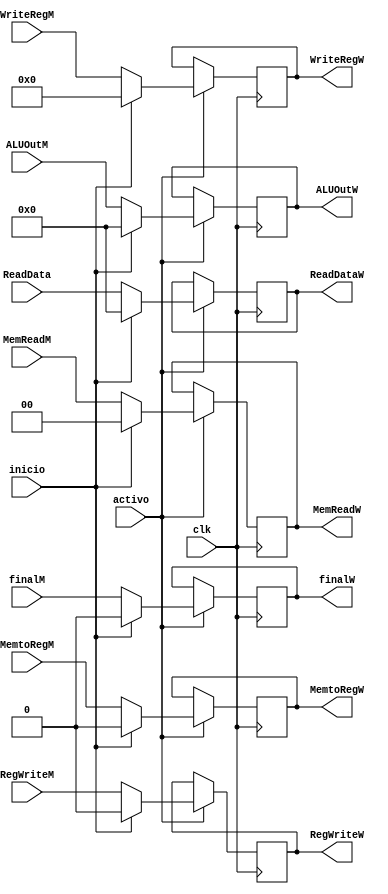
`timescale 1ns / 1ps
//////////////////////////////////////////////////////////////////////////////////
// Company: 
// Engineer: 
// 
// Design Name: 
// Module Name:    Latch_Fin_Mem 
// Project Name: 
// Target Devices: 
// Tool versions: 
// Description: 
//
// Dependencies: 
//
// Revision: 
// Revision 0.01 - File Created
// Additional Comments: 
//
//////////////////////////////////////////////////////////////////////////////////
module Latch_Fin_Mem(
	input wire [1:0]MemReadM,
	input wire RegWriteM,
	input wire MemtoRegM,
	input wire [31:0]ReadData,
	input wire [31:0]ALUOutM,
	input wire [4:0]WriteRegM,
	input wire clk,
	input wire inicio,
	input wire activo,
	input wire finalM,
	output reg [1:0]MemReadW,
	output reg RegWriteW,
	output reg MemtoRegW,
	output reg [31:0]ReadDataW,
	output reg [31:0]ALUOutW,
	output reg [4:0]WriteRegW,
	output reg finalW
);

always@(negedge clk)
begin
	if(activo)
	begin
		if(inicio)
		begin
			RegWriteW <= 0;
			MemtoRegW <= 0;
			ReadDataW <= 0;
			ALUOutW <= 0;
			WriteRegW <= 0;		
			MemReadW <= 0;
			finalW <= 0;
		end
		else
		begin
			RegWriteW <= RegWriteM;
			MemtoRegW <= MemtoRegM;
			ALUOutW <= ALUOutM;
			WriteRegW <= WriteRegM;
			MemReadW <= MemReadM;
			finalW <= finalM;
			
			ReadDataW <= ReadData;
		end
	end
end

/*
always@(*)
begin
	ReadDataW <= ReadData;
end
*/

endmodule